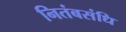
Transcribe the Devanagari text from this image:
नितंबसंधि